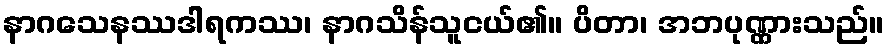
နာဂသေနဿဒါရကဿ၊ နာဂသိန်သူငယ်၏။ ပိတာ၊ အဘပုဏ္ဏားသည်။